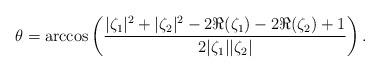
LaTeX: \begin{align*}\theta=\arccos\left(\frac{|\zeta_1|^2+|\zeta_2|^2-2\Re(\zeta_1)-2\Re(\zeta_2)+1}{2|\zeta_1||\zeta_2|}\right).\end{align*}